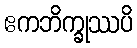
ဧကဘိက္ခုဿပိ